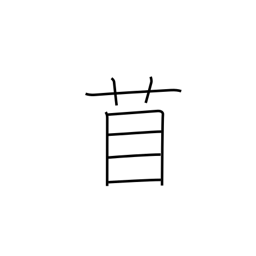
Meaning: medic